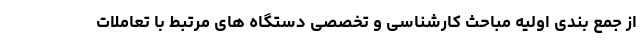
از جمع بندی اولیه مباحث کارشناسی و تخصصی دستگاه های مرتبط با تعاملات